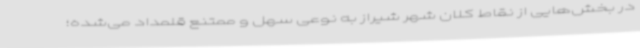
در بخش‌هایی از نقاط کلان شهر شیراز به نوعی سهل و ممتنع قلمداد می‌شده؛